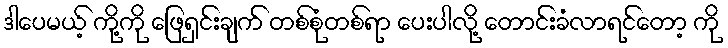
ဒါပေမယ့် ကို့ကို ဖြေရှင်းချက် တစ်စုံတစ်ရာ ပေးပါလို့ တောင်းခံလာရင်တော့ ကို